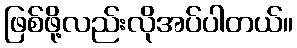
ဖြစ်ဖို့လည်းလိုအပ်ပါတယ်။